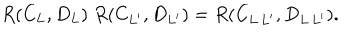
R ( C _ { L } , D _ { L } ) \; R ( C _ { L ^ { \prime } } , D _ { L ^ { \prime } } ) = R ( C _ { L \, L ^ { \prime } } , D _ { L \, L ^ { \prime } } ) .